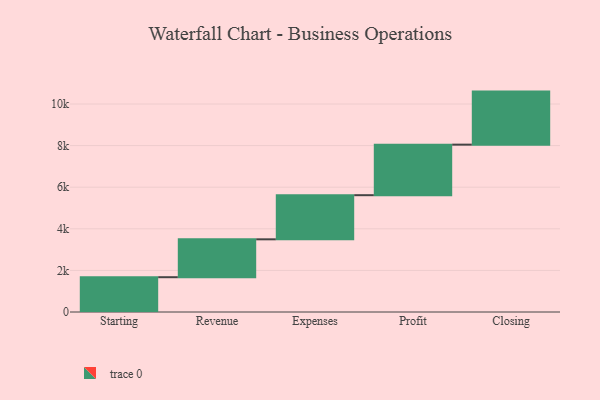
{"axis": {"x": "Step", "y": "Value"}, "legend": [""], "data": [{"x": "Starting", "y": 1673.0, "type": ""}, {"x": "Revenue", "y": 1821.0, "type": ""}, {"x": "Expenses", "y": 2122.0, "type": ""}, {"x": "Profit", "y": 2430.0, "type": ""}, {"x": "Closing", "y": 2550.0, "type": ""}]}